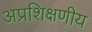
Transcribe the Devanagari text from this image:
अप्रशिक्षणीय